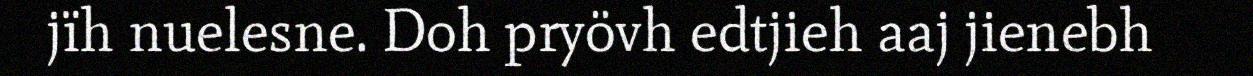
jïh nuelesne. Doh pryövh edtjieh aaj jienebh